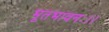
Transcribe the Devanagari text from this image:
भूतभावनः।।